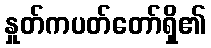
နှုတ်ကပတ်တော်ရှိ၏